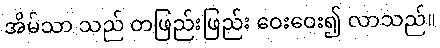
အိမ်သာ သည် တဖြည်းဖြည်း ဝေးဝေး၍ လာသည်။